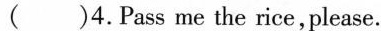
( )4.Pass me the rice, please.